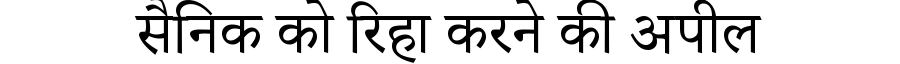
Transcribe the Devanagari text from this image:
सैनिक को रिहा करने की अपील